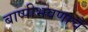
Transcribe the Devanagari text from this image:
बाष्पीभवणाचे